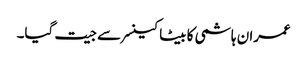
عمران ہاشمی کا بیٹا کینسر سے جیت گیا۔